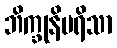
ဘိက္ခုနိပရိသာ